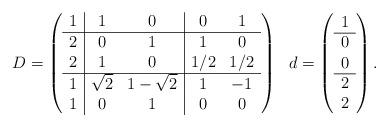
LaTeX: \begin{align*}D=\left(\begin{array}{c|cc|cc}1 &1&0&0&1\\\hline2&0&1&1&0\\2&1&0&1/2&1/2\\\hline1&\sqrt{2}&1-\sqrt{2}&1&-1\\1&0&1&0&0\end{array}\right)\ \ d=\left(\begin{array}{c}1\\ \hline 0 \\0\\\hline 2\\ 2\end{array}\right).\end{align*}